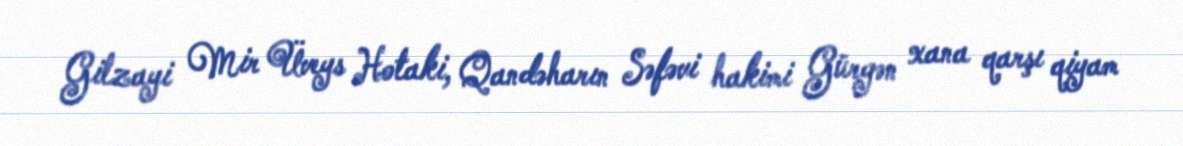
Gilzayi Mir Üveys Hotaki, Qandəharın Səfəvi hakimi Gürgən xana qarşı qiyam